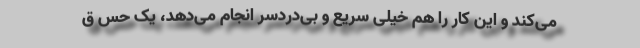
می‌کند و این کار را هم خیلی سریع و بی‌دردسر انجام می‌دهد، یک حس ق